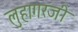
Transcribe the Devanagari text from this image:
लुहागरजी